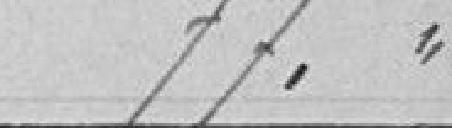
77. 0